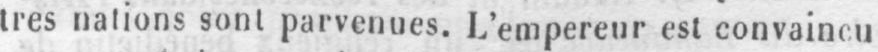
tres nations sont parvenues. L’empereur est convaincu